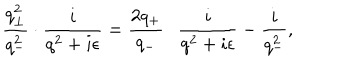
\frac { q _ { \bot } ^ { 2 } } { q _ { - } ^ { 2 } } \cdot \frac { i } { q ^ { 2 } + i { \epsilon } } = \frac { 2 q _ { + } } { q _ { - } } \cdot \frac { i } { q ^ { 2 } + i { \epsilon } } - \frac { i } { q _ { - } ^ { 2 } } ,